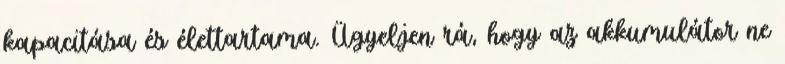
kapacitása és élettartama. Ügyeljen rá, hogy az akkumulátor ne